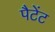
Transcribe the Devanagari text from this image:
पैटेंट